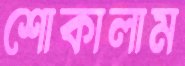
শোকালাম